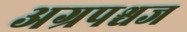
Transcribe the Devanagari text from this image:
अग्रपश्चज